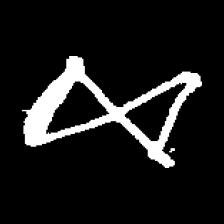
Pyu character \u2014 Myanmar letter: ဆ (romanized: cha)